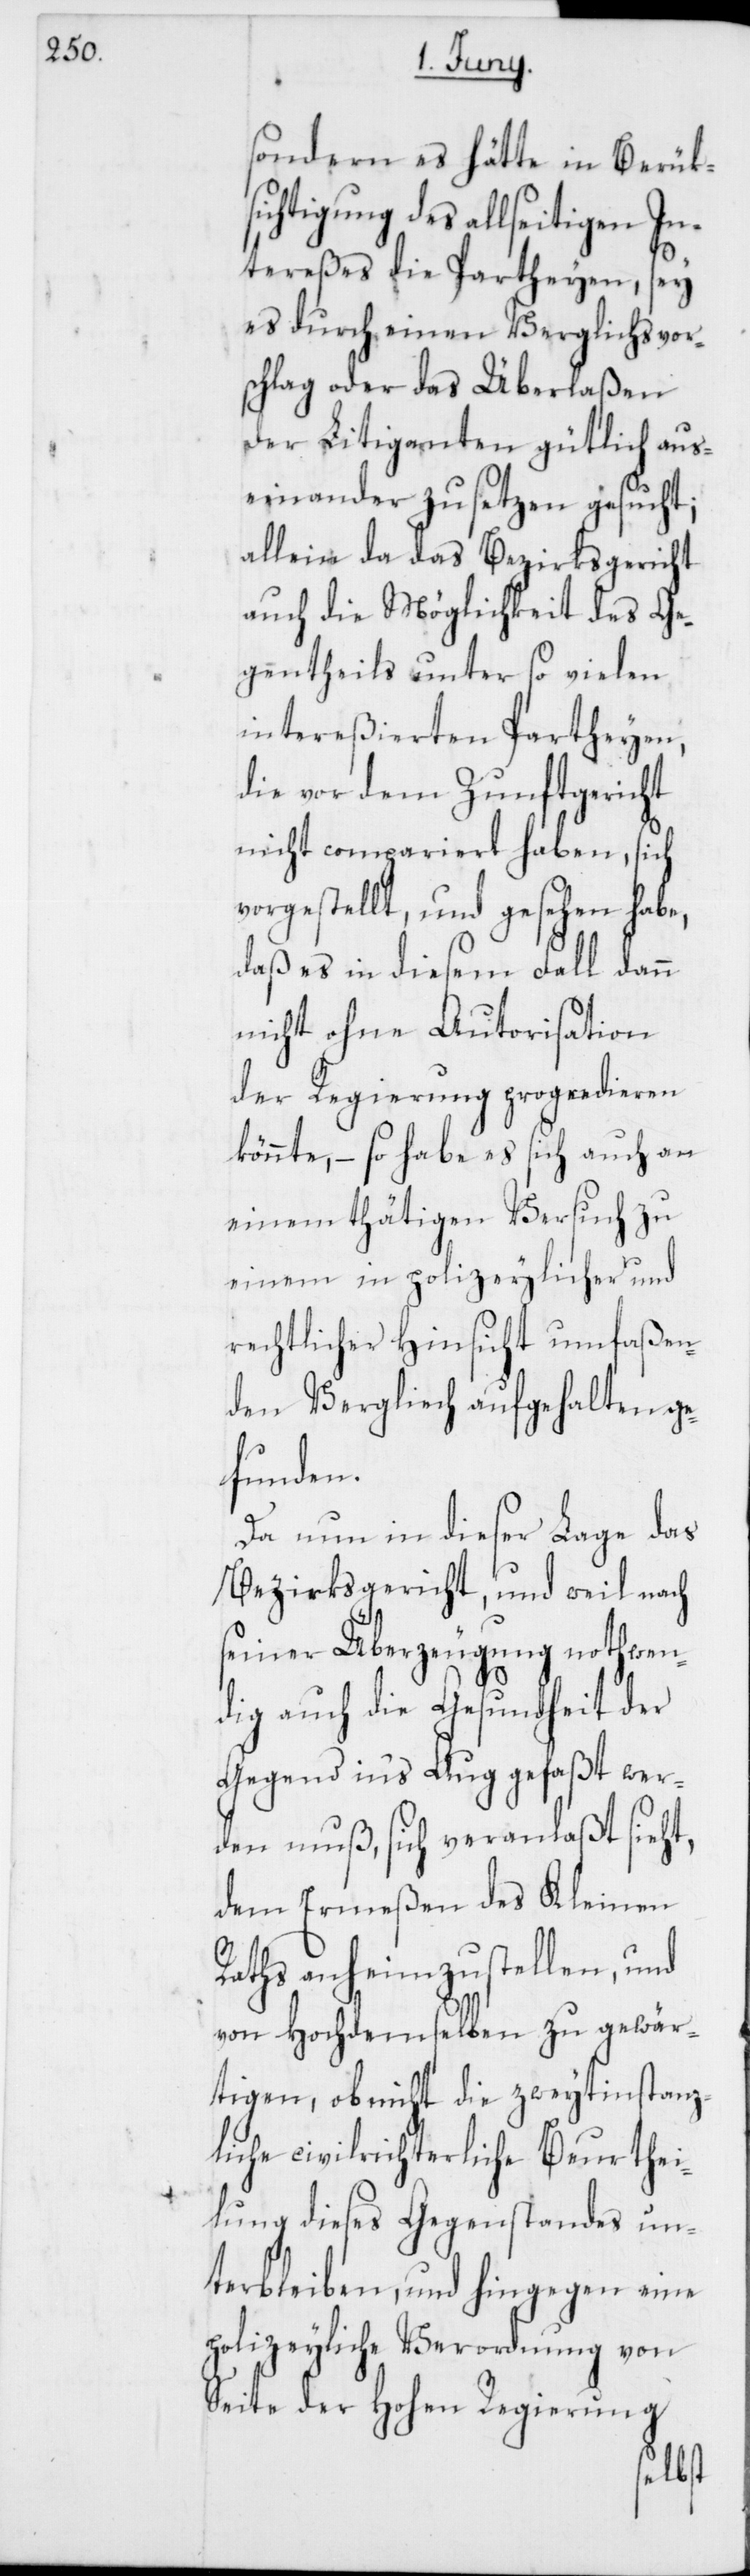
sondern es hätte in Berük¬
sichtigung des allseitigen In¬
tereßes die Partheyen, sey
es durch einen Verglichsvors¬
chlag oder das Überlaßen
der Litiganten gütlich aus¬
einander zu setzen gesucht;
allein da das Bezirksgericht
auch die Möglichkeit des Ge¬
gentheils unter so vielen
intereßierten Partheyen,
die vor dem Zunftgericht
nicht compariert haben, sich
vorgestellt, und gesehen habe,
daß es in diesem Fall dann
nicht ohne Autorisation
der Regierung progredieren
könnte, – so habe es sich auch an
einem thätigen Versuch zu
einem in polizeylicher und
rechtlicher Hinsicht umfaßen¬
den Verglich aufgehalten g¬
efunden.
eht,
Da nun in diese
Bezirksgericht, und weil nach
seiner Überzeugung nothwen¬
dig auch die Gesundheit der
Gegend in‘s Auge gefaßt wer¬
den muß, sich veranlaßt si¬
dem Ermeßen des Kleinen
Raths anheimzustellen, und
von Hochdemselben zu gewär¬
tigen, ob nicht die zweytinstanz¬
liche civilrichterliche Beurthei¬
lung dieses Gegenstandes un¬
terbleiben, und hingegen eine
polizeyliche Verordnung von
Seite der hohen Regierung